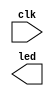
`timescale 1ns / 1ps
//////////////////////////////////////////////////////////////////////////////////
// Company: 
// Engineer: 
// 
// Design Name: 
// Module Name: testDDR
// Project Name: 
// Target Devices: 
// Tool Versions: 
// Description: 
// 
// Dependencies: 
// 
// Revision:
// Revision 0.01 - File Created
// Additional Comments:
// 
//////////////////////////////////////////////////////////////////////////////////


module testDDR(
    input wire clk,
    output wire [15:0] led
    );
    


endmodule